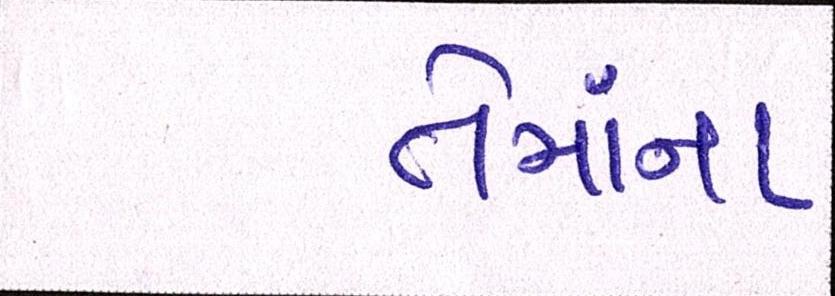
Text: તેમાંના